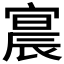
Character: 𫳳